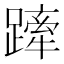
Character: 𨄢